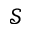
\mathcal { S }